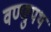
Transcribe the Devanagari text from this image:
वण्णुपथ